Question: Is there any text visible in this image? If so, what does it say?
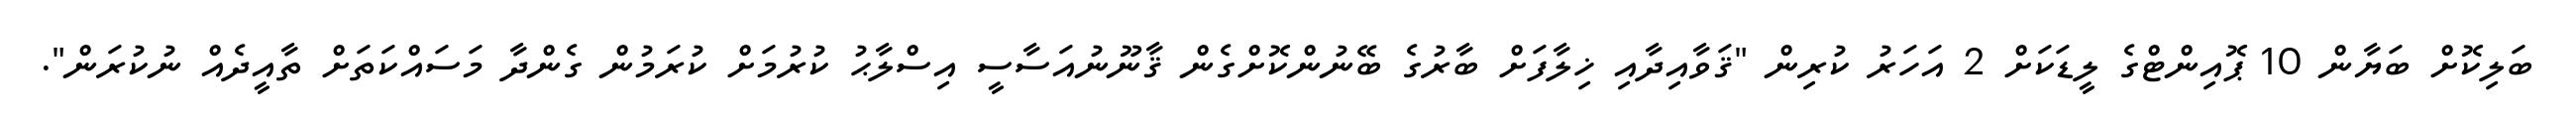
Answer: ބަލިކޮށް ބަޔާން 10 ޕޮއިންޓްގެ ލީޑަކަށް 2 އަހަރު ކުރިން "ޤަވާއިދާއި ޚިލާފަށް ބާރުގެ ބޭނުންކޮށްގެން ޤާނޫނުއަސާސީ އިސްލާޙު ކުރުމަށް ކުރަމުން ގެންދާ މަސައްކަތަށް ތާއީދެއް ނުކުރަން".